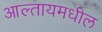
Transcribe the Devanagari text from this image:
आल्तायमधील